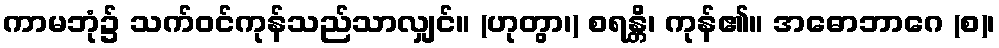
ကာမဘုံ၌ သက်ဝင်ကုန်သည်သာလျှင်။ (ဟုတွာ၊) စရန္တိ၊ ကုန်၏။ အဓောဘာဂေ (စ)၊